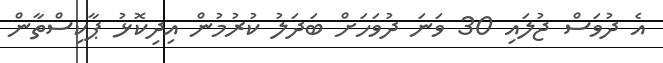
އެ ދުވަސް ޖުލައި 30 ވަނަ ދުވަހަށް ބަދަލު ކުރުމުން އިދިކޮޅު ޕާކިސްތާން